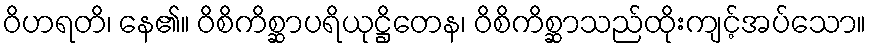
ဝိဟရတိ၊ နေ၏။ ဝိစိကိစ္ဆာပရိယုဋ္ဌိတေန၊ ဝိစိကိစ္ဆာသည်ထိုးကျင့်အပ်သော။